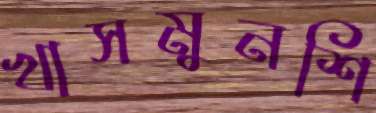
খাসমুনশি